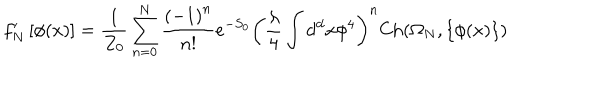
f _ { N } ^ { \prime } \left[ \phi ( x ) \right] = { \frac { 1 } { Z _ { 0 } } } \sum _ { n = 0 } ^ { N } { \frac { \left( - 1 \right) ^ { n } } { n ! } } e ^ { - S _ { 0 } } \left( { \frac { \lambda } { 4 } } \int \mathrm { d ^ { d } } x \phi ^ { 4 } \right) ^ { n } \mathrm { C h } ( \Omega _ { N } , \left\{ \phi ( x ) \right\} )